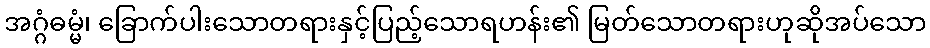
အဂ္ဂံဓမ္မံ၊ ခြောက်ပါးသောတရားနှင့်ပြည့်သောရဟန်း၏ မြတ်သောတရားဟုဆိုအပ်သော